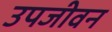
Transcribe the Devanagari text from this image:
उपजीवन